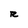
Character: R